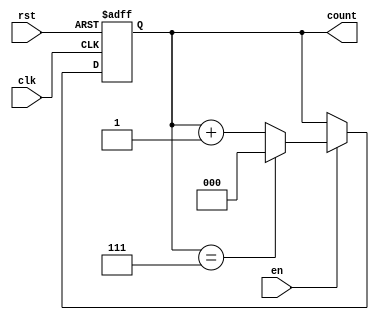
module modulus_counter #(
    parameter N = 8  // Modulus value, should be a power of 2 for simplicity
) (
    input wire clk,    // Clock signal
    input wire rst,    // Asynchronous reset
    input wire en,     // Enable signal
    output reg [$clog2(N)-1:0] count // Current count value
);

    // Always block triggered on the rising edge of the clock or reset
    always @(posedge clk or posedge rst) begin
        if (rst) begin
            // Asynchronous reset
            count <= 0;
        end else if (en) begin
            // Increment the count if enabled
            if (count == (N - 1)) begin
                count <= 0; // Reset to 0 when reaching modulus
            end else begin
                count <= count + 1; // Increment the count
            end
        end
    end

endmodule